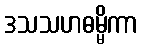
ဒသသဟဓမ္မိကာ